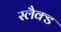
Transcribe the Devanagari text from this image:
स्लैक्ड